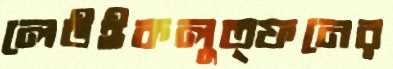
লেউইকলুত্ফনের